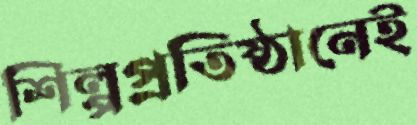
শিল্পপ্রতিষ্ঠানেই